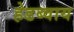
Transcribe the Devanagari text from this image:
हेडब्वाय